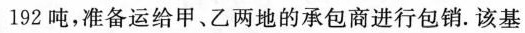
192吨，准备运给甲、乙两地的承包商进行包销. 该基